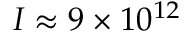
I \approx 9 \times 1 0 ^ { 1 2 }